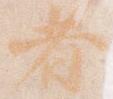
者